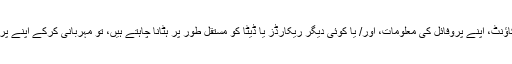
اگر آپ اس ویب سائٹ سے اپنے اکاؤنٹ، اپنے پروفائل کی معلومات، اور/ یا کوئی دیگر ریکارڈز یا ڈیٹا کو مستقل طور پر ہٹانا چاہتے ہیں، تو مہربانی کرکے اپنے پروگرام کے منتظم سے رابطہ کریں۔